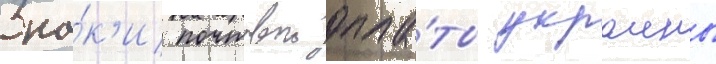
Зна́к'и почтовои опла́ты украины